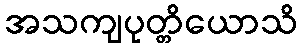
အသကျပုတ္တိယောသိ